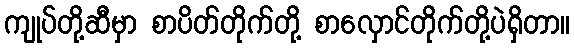
ကျုပ်တို့ဆီမှာ စာပိတ်တိုက်တို့ စာလှောင်တိုက်တို့ပဲရှိတာ။